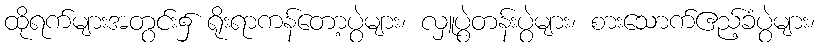
ထိုရက်များအတွင်း၌ ရိုးရာကန်တော့ပွဲများ၊ လှူပွဲတန်းပွဲများ၊ စားသောက်ဧည့်ခံပွဲများ၊